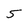
Character: 5